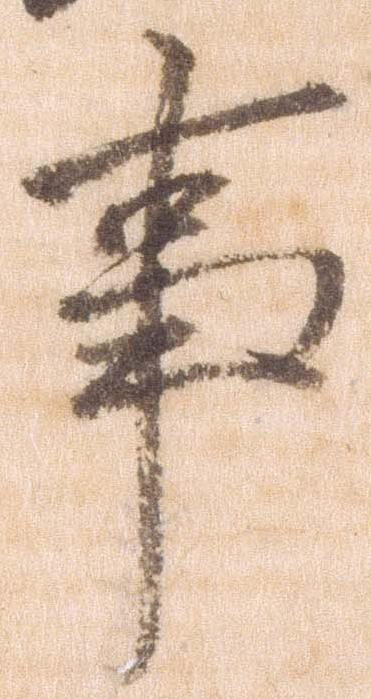
事